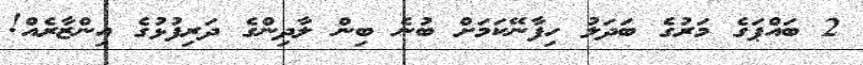
2 ބައްޕަގެ މަރުގެ ބަދަލު ހިފާނޭކަމަށް ބުނެ ބިން ލާދިންގެ ދަރިފުޅުގެ އިންޒާރެއް!